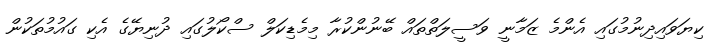
ކިޔަވައިދިނުމުގައި އެންމެ ޒަމާނީ ވަސީލަތްތައް ބޭނުންކުރާ މިމެޑިކަލް ސްކޯލުގައި ދުނިޔޭގެ އެކި ގައުމުތަކުން